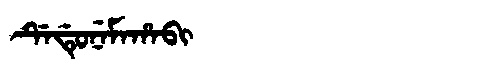
Manchu: ᡩᡝᡩᡠᠨᡝᠮᠠᡥᠠᠪᡳ
Romanization: DEDUNEMAHABI